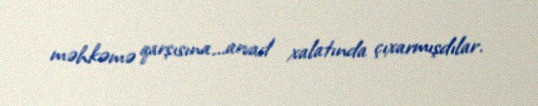
məhkəmə qarşısına...arvad xalatında çıxarmışdılar.